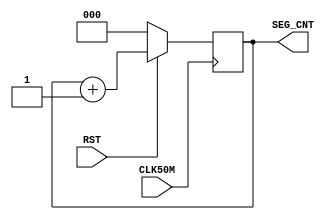
`timescale 1ns / 1ps
//////////////////////////////////////////////////////////////////////////////////
// Company: 
// Engineer: 
// 
// Design Name: 
// Module Name:    seg_cnt 
// Project Name: 
// Target Devices: 
// Tool versions: 
// Description: 
//
// Dependencies: 
//
// Revision: 
// Revision 0.01 - File Created
// Additional Comments: 
//
//////////////////////////////////////////////////////////////////////////////////
module seg_cnt(CLK50M,RST,SEG_CNT
    );
input						CLK50M			;
input						RST				;
output	reg	[2:0]	SEG_CNT			;

always @ ( posedge CLK50M )
begin
	if(!RST)
		SEG_CNT		<=			0				;
	else
		SEG_CNT		<=			SEG_CNT+1	;
end

endmodule